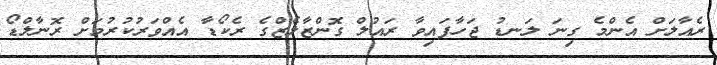
ރެއާލަށް އެންމެ ގިނަ ލަނޑު ޖަހާފައިވާ ރައުލް ގޮންޒާލެޒްގެ ރެކޯޑާ އެއްވަރުކުރުމަށް ރޮނާލްޑޯ